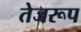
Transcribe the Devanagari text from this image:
तेजरूप